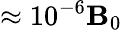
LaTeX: \approx10^{-6}\boldsymbol{\mathbf{B}}_{0}